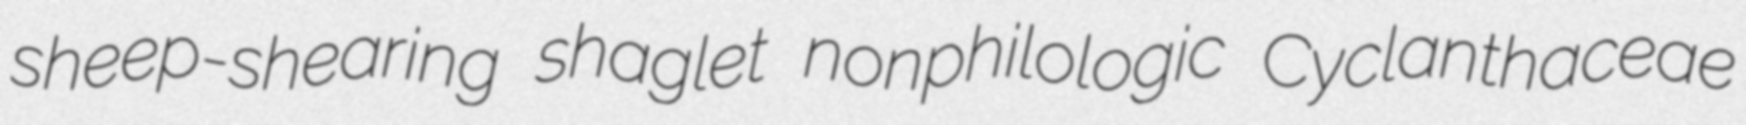
sheep-shearing shaglet nonphilologic Cyclanthaceae